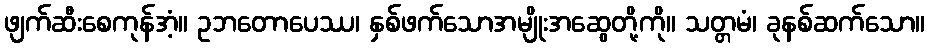
ဖျက်ဆီးစေကုန်အံ့။ ဥဘတောပေဿ၊ နှစ်ဖက်သောအမျိုးအဆွေတို့ကို။ သတ္တမံ၊ ခုနစ်ဆက်သော။